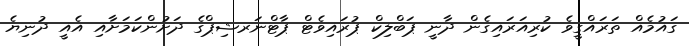
ގައުމެއް ތަރައްގީވެ ކުރިއަރައިގެން ދާނީ ޕަބްލިކް ޕުރައިވެޓް ޕާޓްނަރޝިޕްގެ ދަށުންކަމަށާއި އެއީ ދުނިޔެ